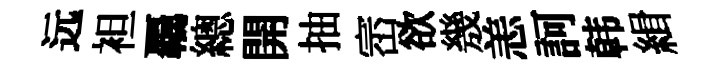
远袒覊總開抽崈欲㡬恙訶韩緝